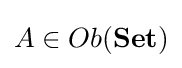
A\in Ob({\textbf {Set}})